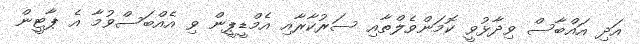
އަދި އައްބާސް ވިދާޅުވީ ކޮމަންވެލްތާއި ސަރުކާރާއި އެމްޑީޕީން ވި އެއްބަސްވުމާ އެ ޕާޓީން